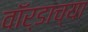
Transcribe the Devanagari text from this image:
वॉर्डाच्या